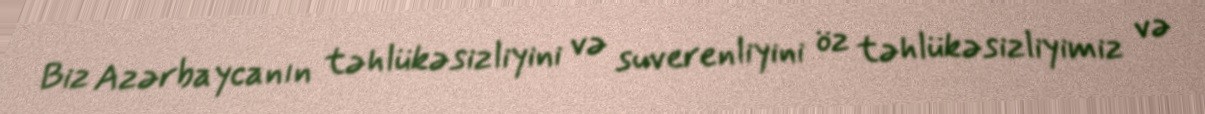
Biz Azərbaycanın təhlükəsizliyini və suverenliyini öz təhlükəsizliyimiz və